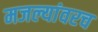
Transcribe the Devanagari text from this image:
मजल्यांवरच